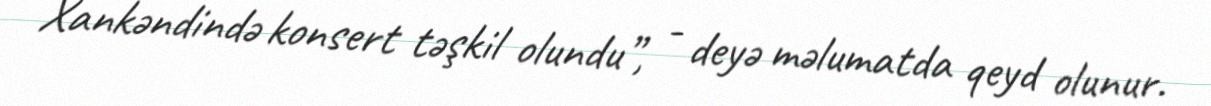
Xankəndində konsert təşkil olundu”, - deyə məlumatda qeyd olunur.